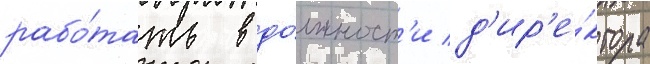
рабо́тать в до́лжност'и д'ир'е́ктора